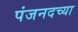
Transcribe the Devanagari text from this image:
पंजनदच्या